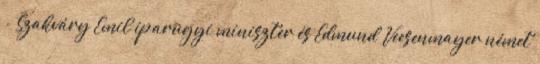
- Szakváry Emil iparügyi miniszter és Edmund Veesenmayer német